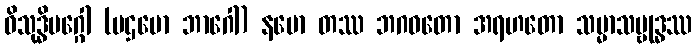
ဝိသုဒ္ဓိမဂ္ဂေါ (ပဌမော ဘာဂေါ) နမော တဿ ဘဂဝတော အရဟတော သမ္မာသမ္ဗုဒ္ဓဿ